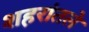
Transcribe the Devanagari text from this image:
शहरांतले